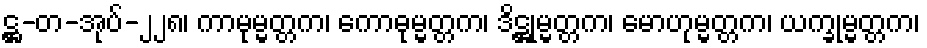
ဋ္ဌ-တ-အုပ်-၂၂၈၊ ကာမုမ္မတ္တက၊ ကောဓုမ္မတ္တက၊ ဒိဋ္ဌုမ္မတ္တက၊ မောဟုမ္မတ္တက၊ ယက္ခုမ္မတ္တက၊